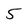
Character: 5